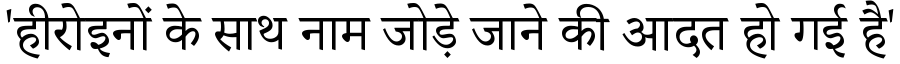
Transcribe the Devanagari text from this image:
'हीरोइनों के साथ नाम जोड़े जाने की आदत हो गई है'